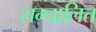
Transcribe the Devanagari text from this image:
सम्चालित